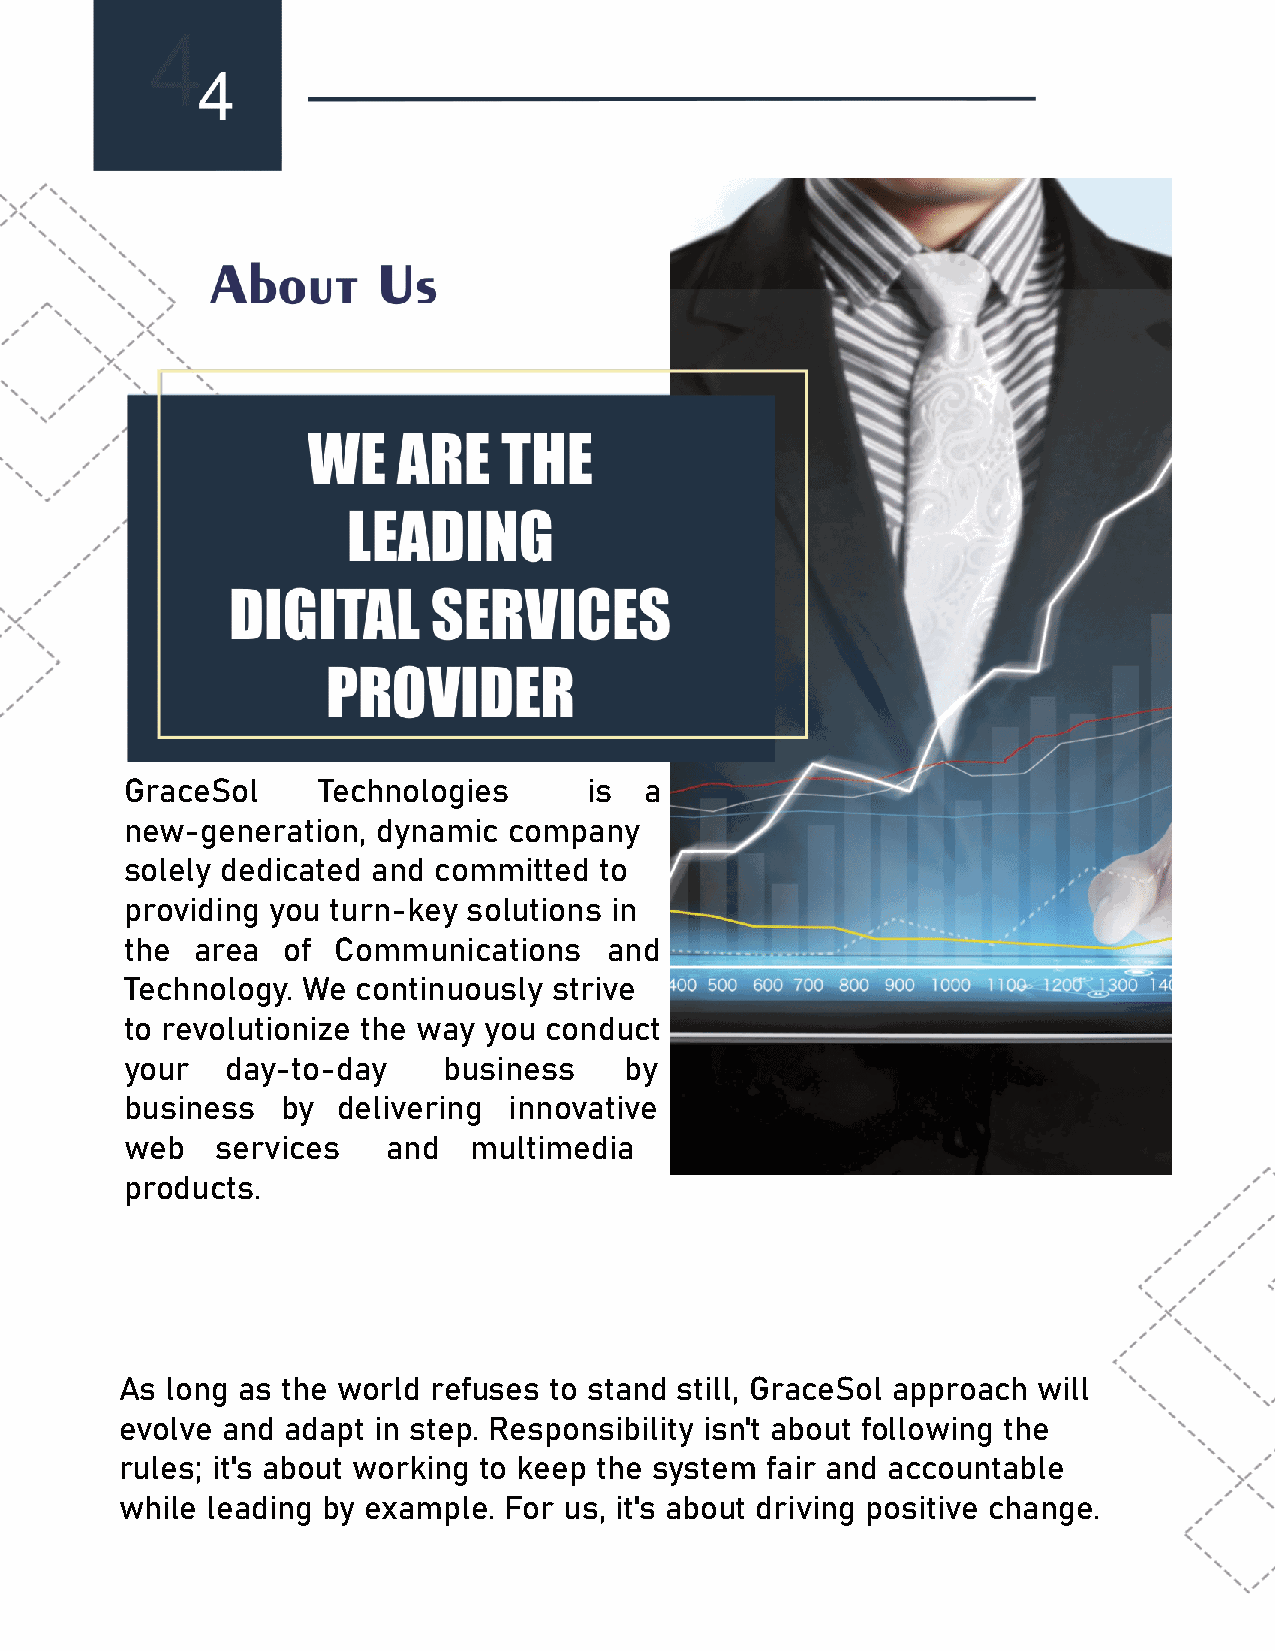
GraceSol     Technologies      is  a
 new-generation,  dynamic  company
 solely dedicated and committed  to
 providing you turn-key solutions in
 the  area  of Communications    and
 Technology. We  continuously strive
 to revolutionize the way you conduct
 your   day-to-day    business    by
 business   by delivering  innovative
 web   services    and  multimedia
 products.
 As long as the world refuses to stand still, GraceSol approach will
 evolve and adapt in step. Responsibility isn't about following the
 rules; it's about working to keep the system fair and accountable
 while leading by example. For us, it's about driving positive change.